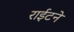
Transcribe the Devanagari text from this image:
राईटने